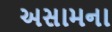
અસામના